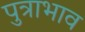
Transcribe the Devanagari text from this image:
पुत्राभाव